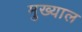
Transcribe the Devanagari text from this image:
मुख्याल